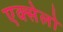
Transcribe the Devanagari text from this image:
एक्सेलो